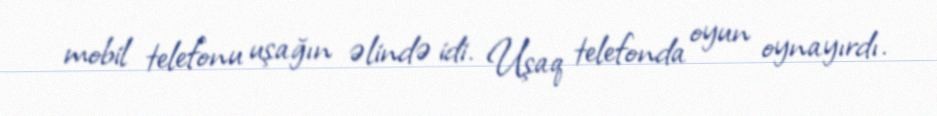
mobil telefonu uşağın əlində idi. Uşaq telefonda oyun oynayırdı.